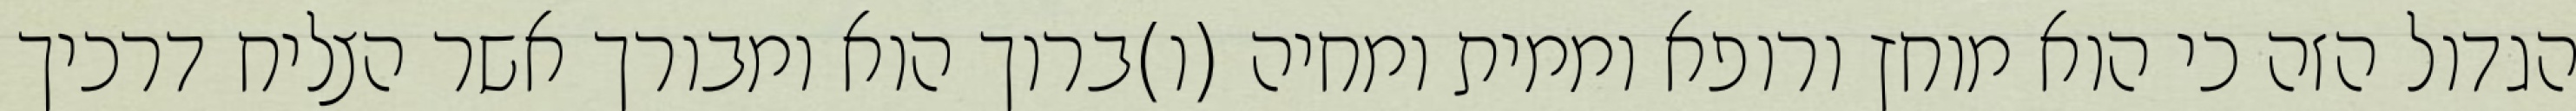
הגדול הזה כי הוא מוחץ ורופא וממית ומחיה (ו)ברוך הוא ומבורך אשר הצליח דרכיך